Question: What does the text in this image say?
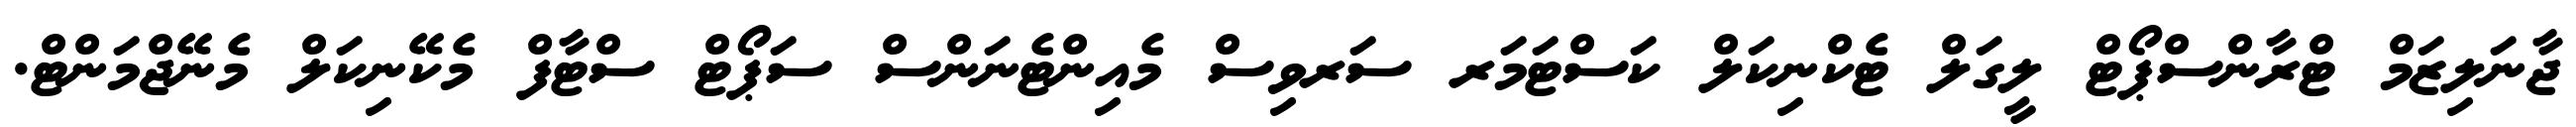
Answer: ޖާނަލިޒަމް ޓްރާންސްޕޯޓް ލީގަލް ޓެކްނިކަލް ކަސްޓަމަރ ސަރވިސް މެއިންޓެނަންސް ސަޕޯޓް ސްޓާފް މެކޭނިކަލް މެނޭޖްމަންޓް.